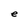
Character: e